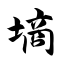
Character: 墒